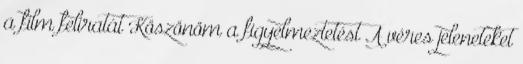
a film feliratát Köszönöm a figyelmeztetést A véres jeleneteket